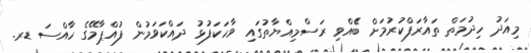
މިއަދު ހިދުމަތް ތައާރަފްކުރުމަށް ބޭެއްވި ރަސްމިއްޔާތުގައި ވާހަކަފުޅު ދައްކަވަމުން ފުއްޕާމޭގެ ހާއްސަ ޑރ.